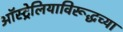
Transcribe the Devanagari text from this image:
ऑस्ट्रेलियाविरूद्धच्या